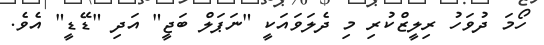
ހޯމަ ދުވަހު ރިލީޒްކުރި މި ދެލަވައަކީ "ނަޕަލް ބަޖީ" އަދި "ޑޭޑީ" އެވެ.